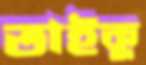
তাইকু